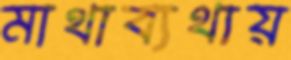
মাথাব্যথায়